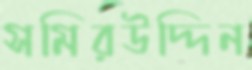
সমিরউদ্দিন